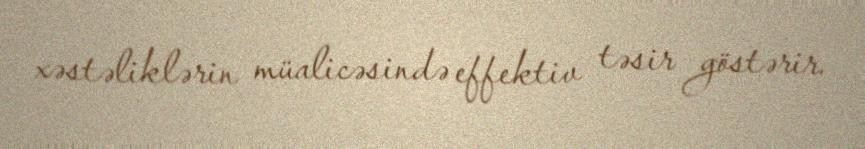
xəstəliklərin müalicəsində effektiv təsir göstərir.